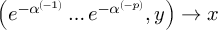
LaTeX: \left( e ^ { - \alpha ^ { ( - 1 ) } } \ldots e ^ { - \alpha ^ { ( - p ) } } , y \right) \rightarrow x